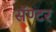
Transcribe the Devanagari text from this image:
सॅण्टर